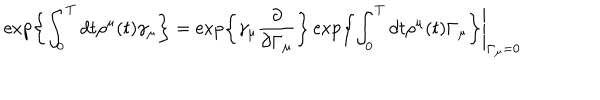
\exp \left\{ \int _ { 0 } ^ { T } d t \rho ^ { \mu } ( t ) \gamma _ { \mu } \right\} = \exp \left\{ \gamma _ { \mu } \frac { \partial } { \partial \Gamma _ { \mu } } \right\} \exp \left\{ \int _ { 0 } ^ { T } d t \rho ^ { \mu } ( t ) \Gamma _ { \mu } \right\} \Biggr | _ { \Gamma _ { \mu } = 0 }